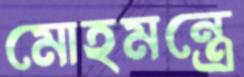
মোহমন্ত্রে